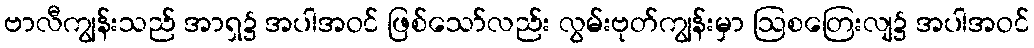
ဗာလီကျွန်းသည် အာရှ၌ အပါအဝင် ဖြစ်သော်လည်း လွမ်းဗုတ်ကျွန်းမှာ ဩစတြေးလျ၌ အပါအဝင်